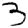
Digit: 3